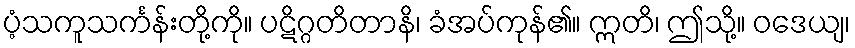
ပံ့သကူသင်္ကန်းတို့ကို။ ပဋိဂ္ဂတိတာနိ၊ ခံအပ်ကုန်၏။ ဣတိ၊ ဤသို့။ ဝဒေယျ၊